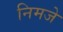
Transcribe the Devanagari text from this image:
निमजे